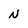
Character: N